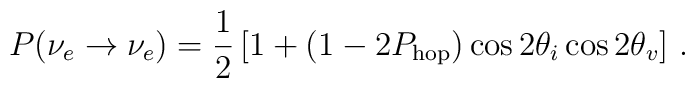
P(\nu_e \rightarrow \nu_e) = \frac{1}{2}\left[1 + (1 - 2P_{\rm hop})\cos{2\theta_i} \cos{2\theta_v}\right]\,.